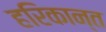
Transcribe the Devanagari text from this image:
हरिकान्त